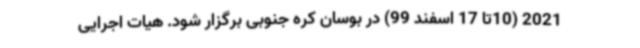
2021 (10تا 17 اسفند 99) در بوسان کره جنوبی برگزار شود. هیات اجرایی